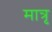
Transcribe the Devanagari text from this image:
मात्रृ